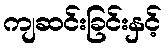
ကျဆင်းခြင်းနှင့်